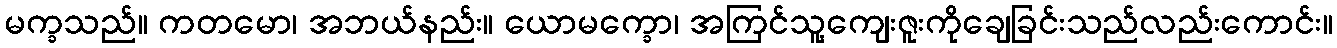
မက္ခသည်။ ကတမော၊ အဘယ်နည်း။ ယောမက္ခော၊ အကြင်သူ့ကျေးဇူးကိုချေခြင်းသည်လည်းကောင်း။